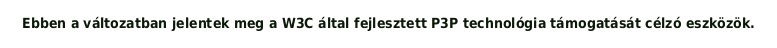
Ebben a változatban jelentek meg a W3C által fejlesztett P3P technológia támogatását célzó eszközök.